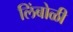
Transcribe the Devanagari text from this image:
लिंबोळी